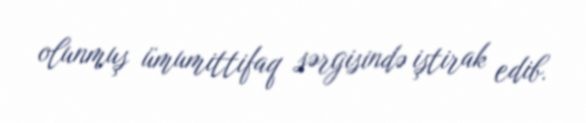
olunmuş ümumittifaq sərgisində iştirak edib.